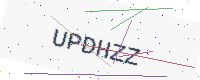
Text: UPDHZZ